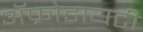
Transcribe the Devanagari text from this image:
ॲफ्रोडायटी